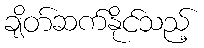
ချိတ်ဆက်နိုင်သည့်